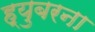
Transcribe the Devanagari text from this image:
ह्युबरना